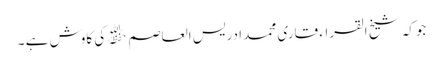
جوکہ شیخ القراء قاری محمد ادریس العاصم ﷾ کی کاوش ہے ۔